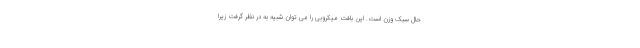
حال سبک وزن است. این بافت میکروبی را می توان شبیه به در نظر گرفت زیرا